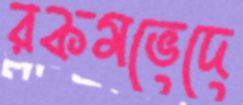
রকমভেদে